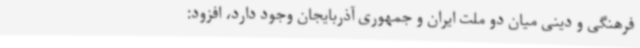
فرهنگی و دینی میان دو ملت ایران و جمهوری آذربایجان وجود دارد، افزود: